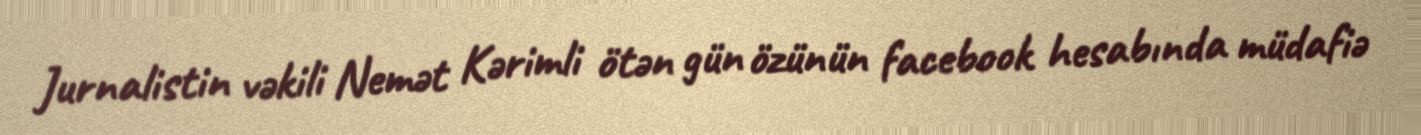
Jurnalistin vəkili Nemət Kərimli ötən gün özünün facebook hesabında müdafiə